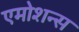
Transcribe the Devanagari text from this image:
एमोशन्स